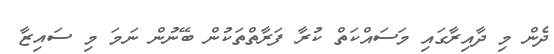
ދެން މި ދާއިރާގައި މަސައްކަތް ކުރާ ފަރާތްތަކުން ބޭނުން ނަމަ މި ސައިޒާ